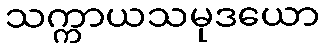
သက္ကာယသမုဒယော